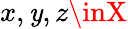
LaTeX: x,\mathit{y},z\inX